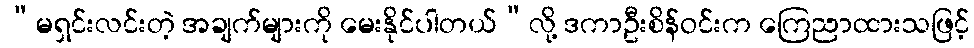
“မရှင်းလင်းတဲ့ အချက်များကို မေးနိုင်ပါတယ်”လို့ ဒကာဦးစိန်ဝင်းက ကြေညာထားသဖြင့်